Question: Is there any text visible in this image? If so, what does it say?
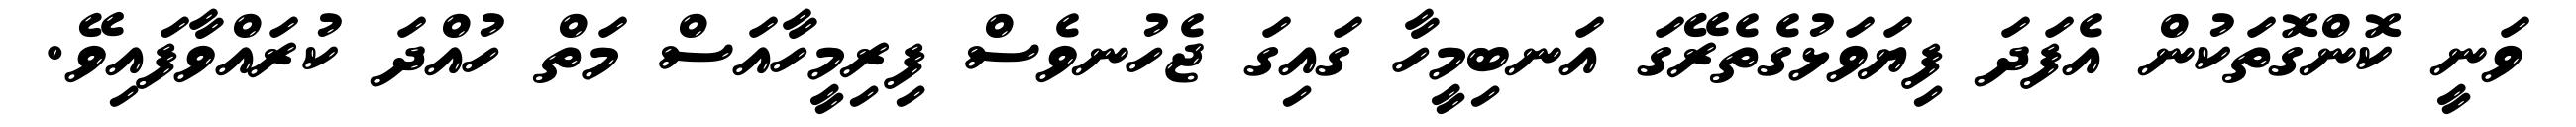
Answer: ވަނީ ކޮންގޮތަކުން އެފަދަ ފިޔަވަޅުގެތެރޭގަ އަނބިމީހާ ގައިގަ ޖެހުނވެސް ފިރިމީހާއަސް މަތް ހުއްދަ ކުރައްވާފައިވޭ.